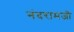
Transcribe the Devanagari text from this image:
नंदरामजी